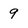
Character: 9